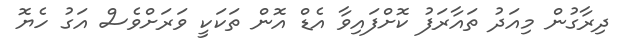
ދިރާގުން މިއަދު ތައާރަފު ކޮށްފައިވާ އެޑް އޮން ތަކަކީ ވަރަށްވެސް އަގު ހެޔޮ